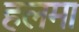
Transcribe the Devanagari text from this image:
हलमा